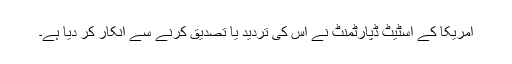
امریکا کے اسٹیٹ ڈپارٹمنٹ نے اس کی تردید یا تصدیق کرنے سے انکار کر دیا ہے۔